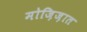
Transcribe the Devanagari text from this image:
मोज़िज़ात